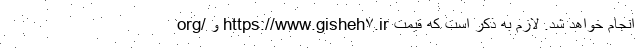
org/ و https://www.gisheh۷.ir انجام خواهد شد. لازم به ذکر است که قیمت